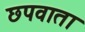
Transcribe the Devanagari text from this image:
छपवाता